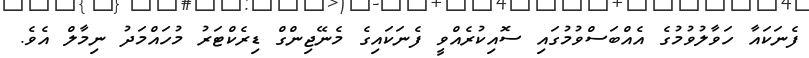
ފެނަކައާ ހަވާލުވުމުގެ އެއްބަސްވުމުގައި ސޮއިކުރެއްވީ ފެނަކައިގެ މެނޭޖިންގް ޑިރެކްޓަރު މުހައްމަދު ނިމާލް އެވެ.